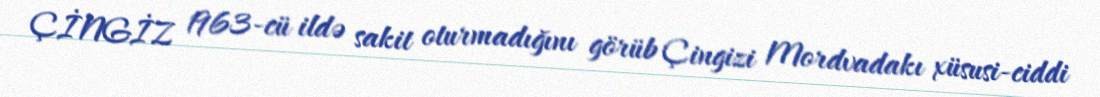
ÇİNGİZ 1963-cü ildə sakit oturmadığını görüb Çingizi Mordvadakı xüsusi-ciddi